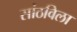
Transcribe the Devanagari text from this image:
सांठविला